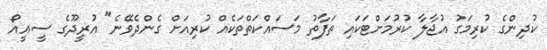
ކުދިންގެ ކުރިމަގު އުޖާލާ ކުރުމަށްޓަކައި ތަފާތު މަސައްކަތްތަކެއް ކުރިއަށް ގެންދެވޭނެ" އުރީދޫގެ ސީއީއޯ